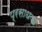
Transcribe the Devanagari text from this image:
प्रसाधकों